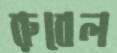
রুবেল